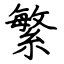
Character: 繁